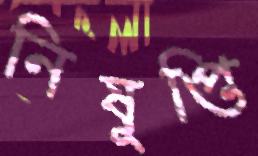
নিষুপ্তি